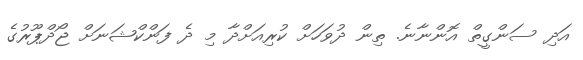
އަދި ސަންގީތް އޮންނާނެ. ތިން ދުވަހަށް ކުރިއަށްދާ މި ދެ ފަންކްޝަނަށް ޖޯދްޕޫރުގެ